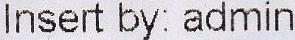
INSERT BY: ADMIN